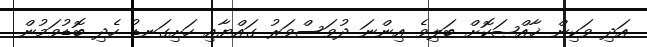
އަދި ވަކިން ޚާއްޞަކޮށް ބަލިވެ އިންނަ ދުވަސްވަރު ގައްޔާއި ހަށިގަނޑު ހެދި ބޮޑުވަމުން